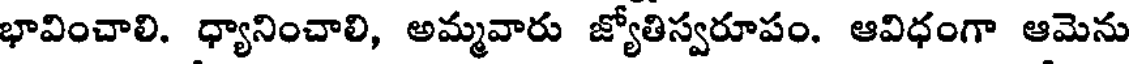
భావించాలి. ధ్యానించాలి, అమ్మవారు జ్యోతిస్వరూపం. ఆవిధంగా ఆమెను